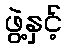
ဖွဲ့နှင့်